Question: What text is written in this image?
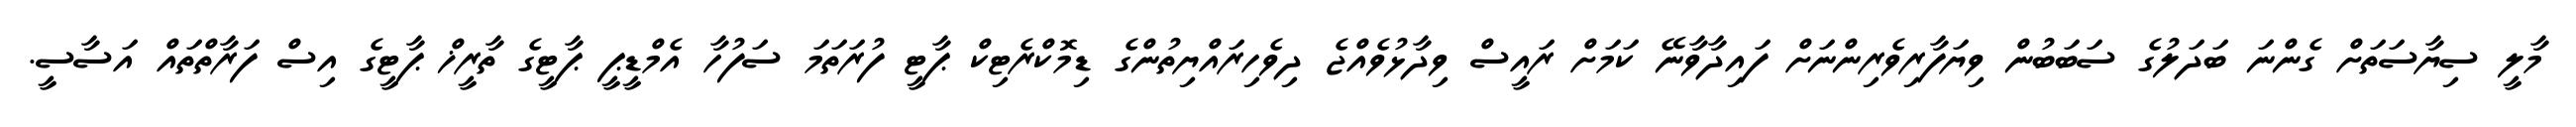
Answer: މާލީ ސިޔާސަތަށް ގެންނަ ބަދަލުގެ ސަބަބުން ވިޔަފާރިވެރިންނަށް ފައިދާވާނޭ ކަމަށް ރައީސް ވިދާޅުވެއްޖެ ދިވެހިރައްޔިތުންގެ ޑިމޮކްރެޓިކް ޕާޓީ ފުރަތަމަ ސަފުހާ އެމްޑީޕީ ޕާޓީގެ ތާރީޚް ޕާޓީގެ އިސް ފަރާތްތައް އަސާސީ.